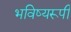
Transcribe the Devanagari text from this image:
भविष्यरूपी